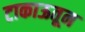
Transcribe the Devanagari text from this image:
टाकाऊतून